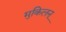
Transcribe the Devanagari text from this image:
मुकिलन्